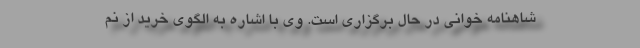
شاهنامه خوانی در حال برگزاری است. وی با اشاره به الگوی خرید از نم